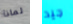
لماذا جيد